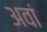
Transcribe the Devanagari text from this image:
अवां